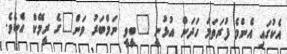
އެކުގައި އެންމެ ފުރަތަމަ ހަދަން އުޅުނީ "ބީވީ ނަމްބަރު ވަން"ގެ ރީމޭކް އެކެވެ.